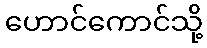
ဟောင်ကောင်သို့